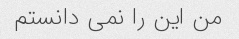
من این را نمی دانستم